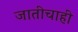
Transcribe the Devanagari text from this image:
जातीचाही